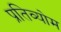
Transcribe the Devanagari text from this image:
प्रतिव्योम